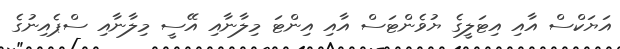
އަޔަކްސް އާއި އިޓަލީގެ ޔުވެންޓަސް އާއި އިންޓަ މިލާނާއި އޭސީ މިލާނާއި ސްޕެއިނުގެ